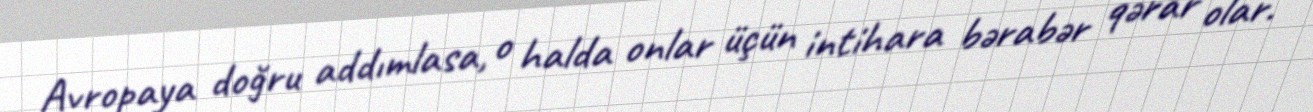
Avropaya doğru addımlasa, o halda onlar üçün intihara bərabər qərar olar.